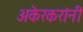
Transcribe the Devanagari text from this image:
अकेरकरांनी